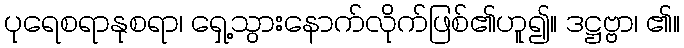
ပုရေစရာနုစရာ၊ ရှေ့သွားနောက်လိုက်ဖြစ်၏ဟူ၍။ ဒဋ္ဌဗ္ဗာ၊ ၏။